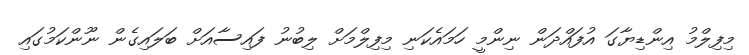
މިފިލްމު އިންޑިޔާގަ އުފައްދަން ނިންމީ ހަމައެކަނި މިފިލްމަށް ލިބުނު ފައިސާއަށް ބަލައިގެން ނޫންކަމުގައި